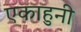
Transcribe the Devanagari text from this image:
एकाहुनी